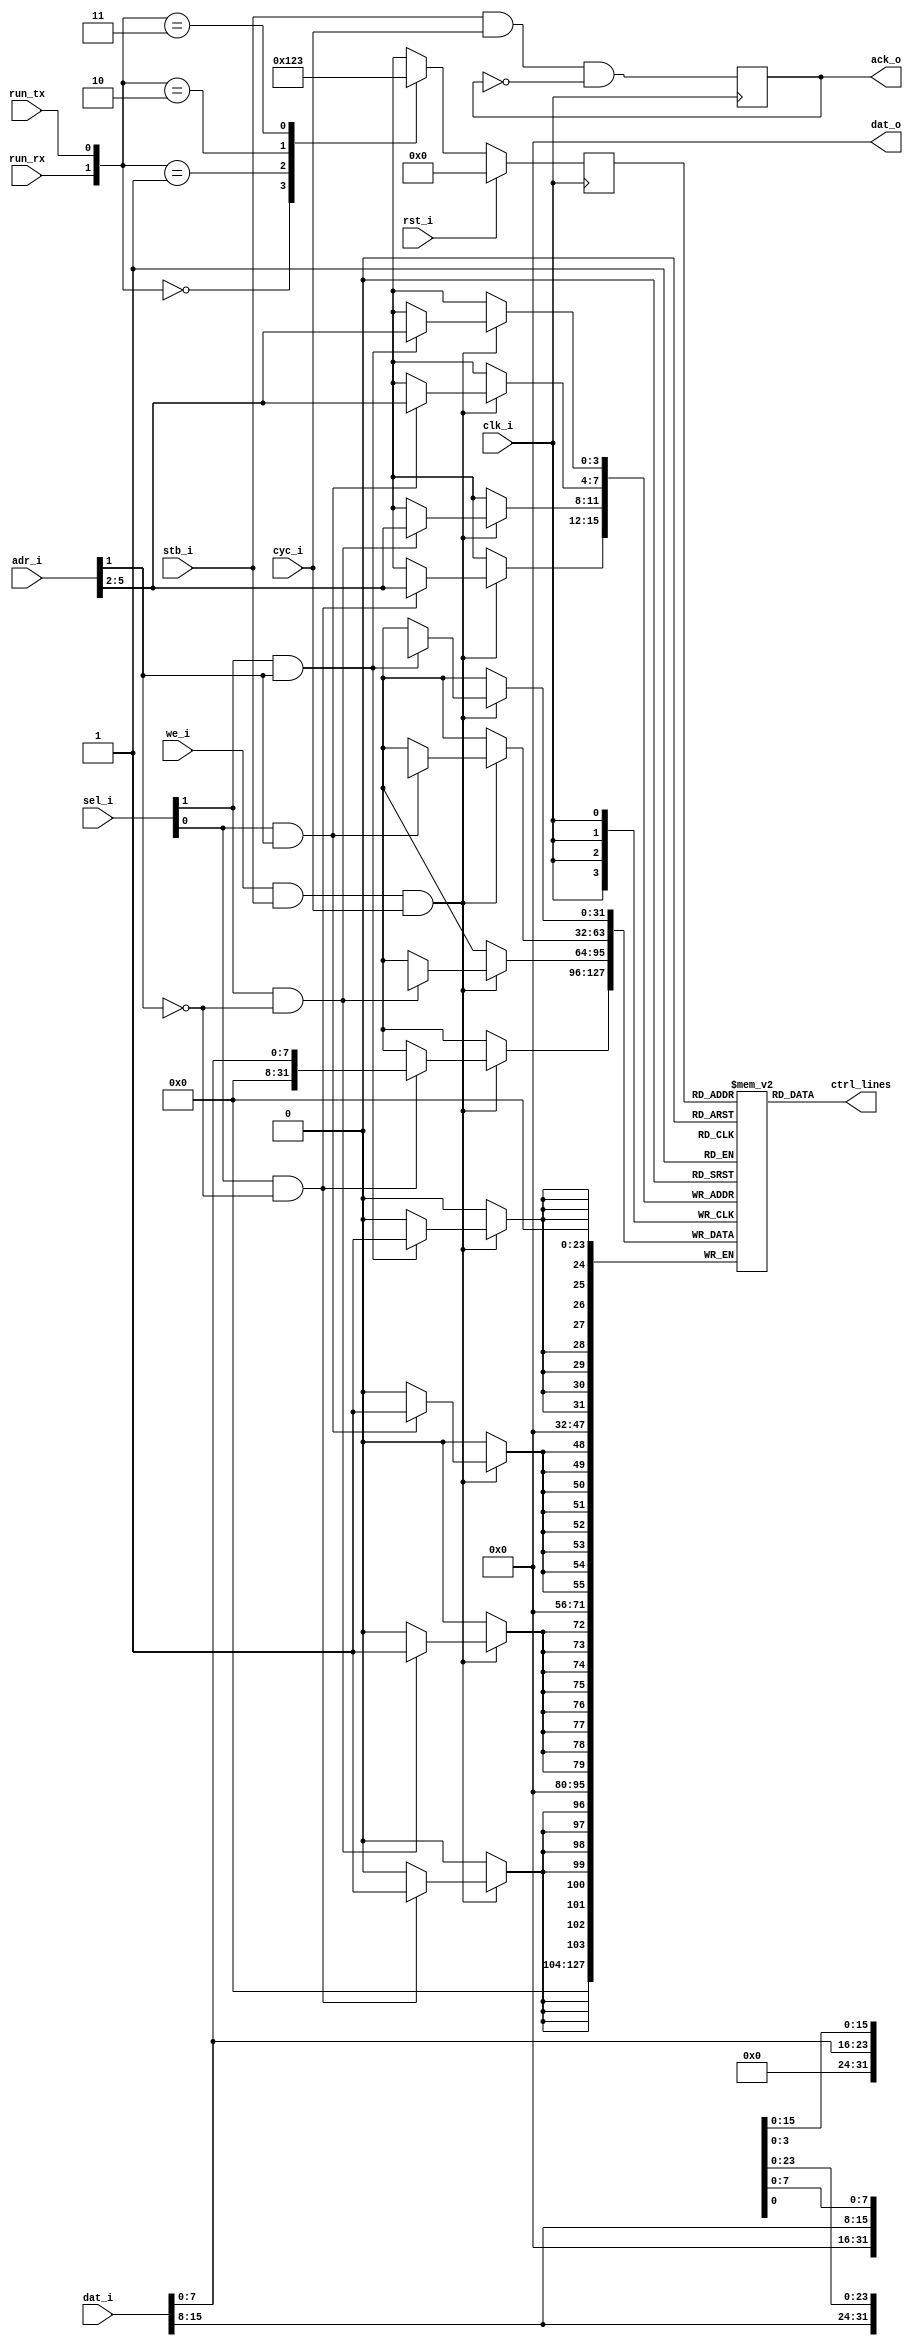
module atr_controller16
  (input clk_i, input rst_i,
   input [5:0] adr_i, input [1:0] sel_i, input [15:0] dat_i, output [15:0] dat_o,
   input we_i, input stb_i, input cyc_i, output reg ack_o,
   input run_rx, input run_tx,
   output [31:0] ctrl_lines);
   
   reg [3:0] state;
   reg [31:0] atr_ram [0:15];  // DP distributed RAM

   wire [3:0] sel_int = { (sel_i[1] & adr_i[1]), (sel_i[0] & adr_i[1]),
			  (sel_i[1] & ~adr_i[1]), (sel_i[0] & ~adr_i[1]) };
   
   // WB Interface
   always @(posedge clk_i)
     if(we_i & stb_i & cyc_i)
       begin
	  if(sel_int[3])
	    atr_ram[adr_i[5:2]][31:24] <= dat_i[15:8];
	  if(sel_int[2])
	    atr_ram[adr_i[5:2]][23:16] <= dat_i[7:0];
	  if(sel_int[1])
	    atr_ram[adr_i[5:2]][15:8] <= dat_i[15:8];
	  if(sel_int[0])
	    atr_ram[adr_i[5:2]][7:0] <= dat_i[7:0];
       end // if (we_i & stb_i & cyc_i)

   // Removing readback allows ram to be synthesized as LUTs instead of regs
   //always @(posedge clk_i)
   //  dat_o <= adr_i[1] ? atr_ram[adr_i[5:2]][31:16] : atr_ram[adr_i[5:2]][15:0];
   assign dat_o = 16'd0;
   
   always @(posedge clk_i)
     ack_o <= stb_i & cyc_i & ~ack_o;

   // Control side of DP RAM
   assign     ctrl_lines = atr_ram[state];

   // Put a more complex state machine with time delays and multiple states here
   //  if daughterboard requires more complex sequencing
   localparam ATR_IDLE = 4'd0;
   localparam ATR_TX = 4'd1;
   localparam ATR_RX = 4'd2;
   localparam ATR_FULL_DUPLEX = 4'd3;
   
   always @(posedge clk_i)
     if(rst_i)
       state <= ATR_IDLE;
     else
       case ({run_rx,run_tx})
	 2'b00 : state <= ATR_IDLE;
	 2'b01 : state <= ATR_TX;
	 2'b10 : state <= ATR_RX;
	 2'b11 : state <= ATR_FULL_DUPLEX;
       endcase // case({run_rx,run_tx})
   
endmodule